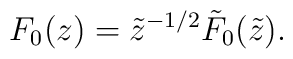
F_0(z)=\tilde z^{-1/2}\tilde F_0(\tilde z).